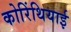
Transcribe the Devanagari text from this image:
कोरिंथियाई